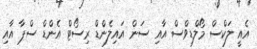
އެއީ ލަކްސް މޯލްޑިވްސް އާއި ސަން އައިލެންޑް ރިސޯޓް އެންޑް ސްޕާ އާއި